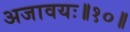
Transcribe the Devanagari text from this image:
अजावयः॥१०॥